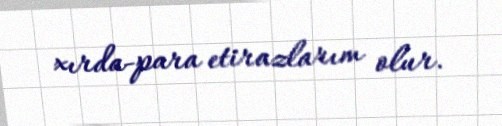
xırda-para etirazlarım olur.